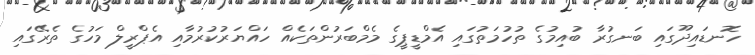
ހޮނޑައިދޫގައި ބަނގުރާ ބުއިމުގެ ތުހުމަތުގައި އެމްޑީޕީގެ މެމްބަރުންތަކެއް ހައްޔަރުކުރުމާއި އެޕްރީލް މަހުގެ ތެރޭގައި